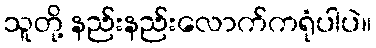
သူတို့ နည်းနည်းလောက်ကရုံပါပဲ။